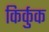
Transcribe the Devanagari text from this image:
किर्कुक